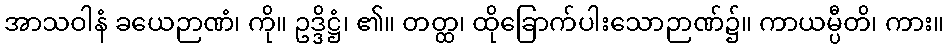
အာသဝါနံ ခယေဉာဏံ၊ ကို။ ဥဒ္ဒိဋ္ဌံ၊ ၏။ တတ္ထ၊ ထိုခြောက်ပါးသောဉာဏ်၌။ ကာယမ္ပီတိ၊ ကား။